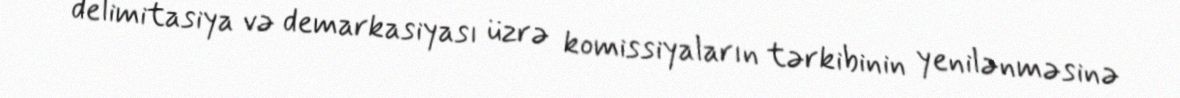
delimitasiya və demarkasiyası üzrə komissiyaların tərkibinin yenilənməsinə